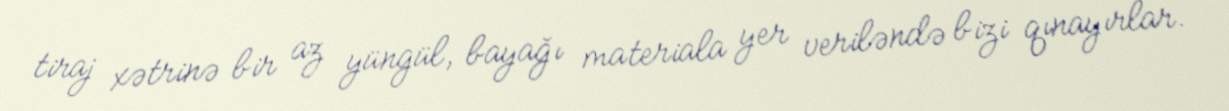
tiraj xətrinə bir az yüngül, bayağı materiala yer veriləndə bizi qınayırlar.